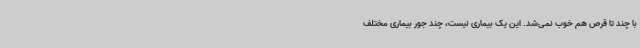
با چند تا قرص هم خوب نمی‌شد. این یک بیماری نیست، چند جور بیماری‌ مختلف